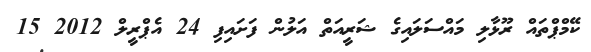
ކޭމްޕްތައް ރޫޅާލި މައްސަލައިގެ ޝަރީއަތް އަލުން ފަށައިފި 24 އެޕްރީލް 2012 15